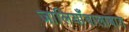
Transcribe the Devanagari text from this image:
जालियाँवालाबाग़